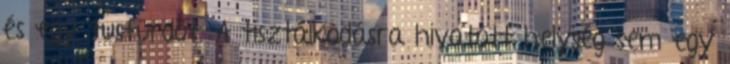
és egy tusfürdőt. A tisztálkodásra hivatott helység sem egy